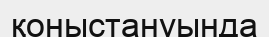
қоныстануында